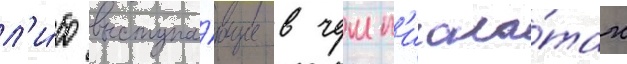
л'и́бо выступа́ющие в чемп'иона́тах